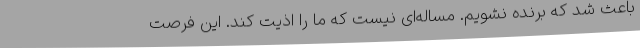
باعث شد که برنده نشویم. مساله‌ای نیست که ما را اذیت کند. این فرصت